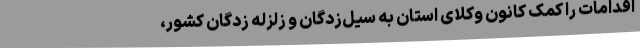
اقدامات را کمک کانون وکلای استان به سیل‌زدگان و زلزله زدگان کشور،